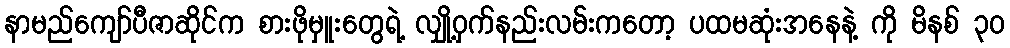
နာမည်ကျော်ပီဇာဆိုင်က စားဖိုမှူးတွေရဲ့ လျှို့ဝှက်နည်းလမ်းကတော့ ပထမဆုံးအနေနဲ့ ကို မိနစ် ၃၀